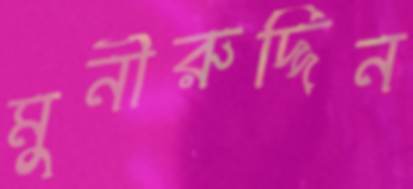
মুনীরুদ্দিন